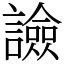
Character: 譣